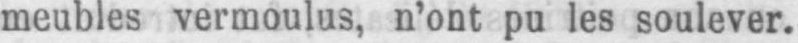
meubles vermoulus, n’ont pu les soulever.